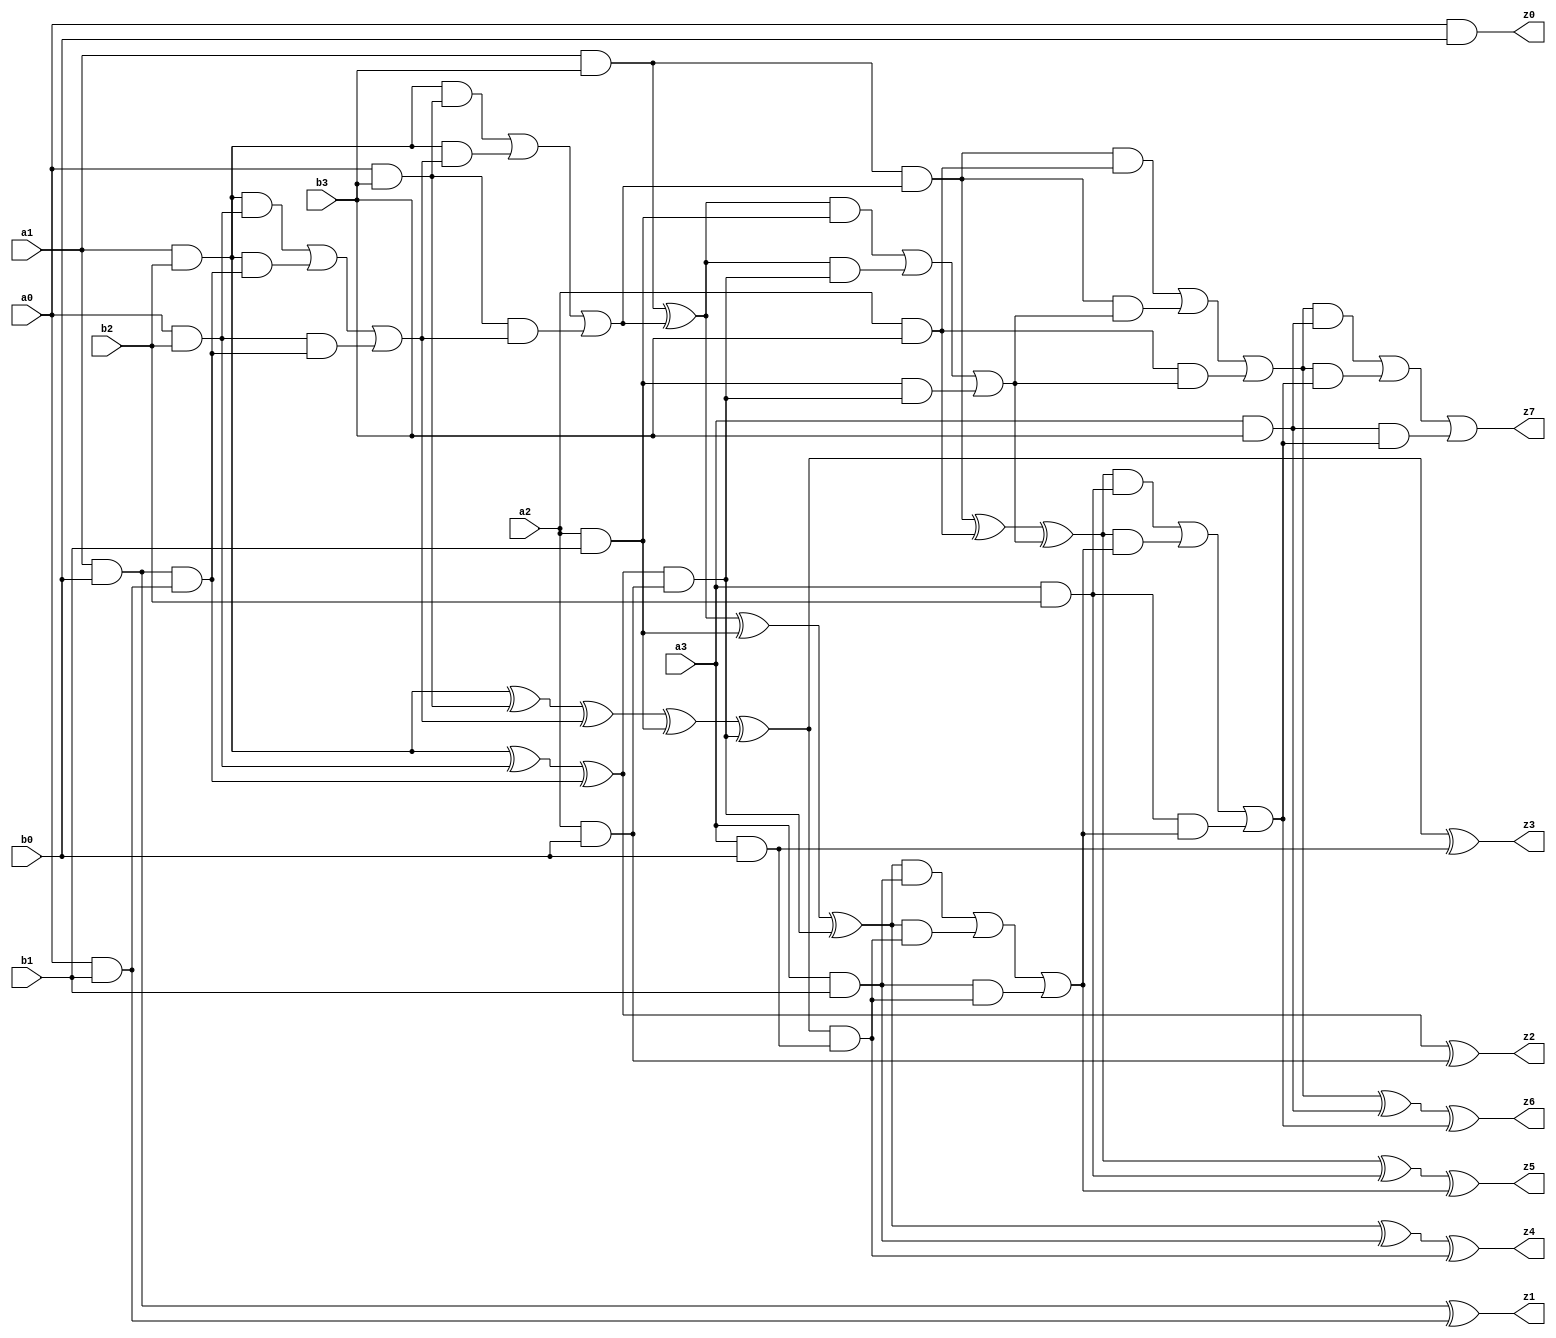
module mult4(
	a0,a1,a2,a3,
	b0,b1,b2,b3,
	z0,z1,z2,z3,z4,z5,z6,z7);
input a0,a1,a2,a3,b0,b1,b2,b3;
output z0,z1,z2,z3,z4,z5,z6,z7;
wire x1,x2,x3,x4,x5,x6,x7,x8,x9,x10,x11,x12,x13,x14,x15,x16,x17;

assign z0 = a0&b0;
//HA
assign z1 = (a1&b0)^(a0&b1);
assign x1 = (a1&b0)&(a0&b1);
//FA
assign x2 = (a1&b2)^(a0&b2)^x1;
assign x3 = ((a1&b2)&(a0&b2)) | ((a1&b2)&x1) | ((a0&b2)&x1);
//FA
assign x4 = (a1&b2)^(a0&b3)^x3;
assign x5 = ((a1&b2)&(a0&b3)) | ((a1&b2)&x3) | ((a0&b3)&x3);
//HA
assign x6 = (a1&b3)^x5;
assign x7 = (a1&b3)&x5;
//HA
assign z2 = x2^(a2&b0);
assign x15 = x2&(a2&b0);
//FA
assign x14 = x4^(a2&b1)^x15;
assign x16 = (x4&(a2&b1)) | (x4&x15) | ((a2&b1)&x15);
//FA
assign x13 = x6^(a2&b1)^x15;
assign x17 = (x6&(a2&b1)) | (x6&x15) | ((a2&b1)&x15);
//FA
assign x9 = x7^(a2&b3)^x17;
assign x8 = (x7&(a2&b3)) | (x7&x17) | ((a2&b3)&x17);
//ha
assign z3 = x14^(a3&b0);
assign x12 = x14&(a3&b0);
//fa
assign z4 = x13^(a3&b1)^x12;
assign x11 = (x13&(a3&b1)) | (x13&x12) | ((a3&b1)&x12);
//fa
assign z5 = x9^(a3&b2)^x11;
assign x10 = (x9&(a3&b2)) | (x9&x11) | ((a3&b2)&x11);
//fa
assign z6 = x8^(a3&b3)^x10;
assign z7 = (x8&(a3&b3)) | (x8&x10) | ((a3&b3)&x10);

endmodule